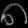
Digit: ၈